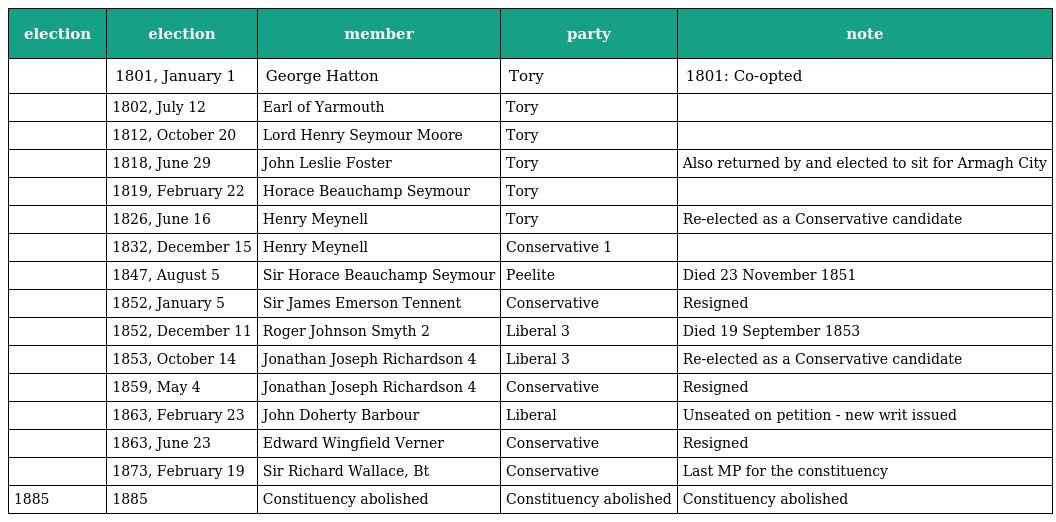
| election | election | member | party | note |
 | --- | --- | --- | --- | --- |
 |  | 1801, January 1 | George Hatton | Tory | 1801: Co-opted |
 |  | 1802, July 12 | Earl of Yarmouth | Tory |  |
 |  | 1812, October 20 | Lord Henry Seymour Moore | Tory |  |
 |  | 1818, June 29 | John Leslie Foster | Tory | Also returned by and elected to sit for Armagh City |
 |  | 1819, February 22 | Horace Beauchamp Seymour | Tory |  |
 |  | 1826, June 16 | Henry Meynell | Tory | Re-elected as a Conservative candidate |
 |  | 1832, December 15 | Henry Meynell | Conservative 1 |  |
 |  | 1847, August 5 | Sir Horace Beauchamp Seymour | Peelite | Died 23 November 1851 |
 |  | 1852, January 5 | Sir James Emerson Tennent | Conservative | Resigned |
 |  | 1852, December 11 | Roger Johnson Smyth 2 | Liberal 3 | Died 19 September 1853 |
 |  | 1853, October 14 | Jonathan Joseph Richardson 4 | Liberal 3 | Re-elected as a Conservative candidate |
 |  | 1859, May 4 | Jonathan Joseph Richardson 4 | Conservative | Resigned |
 |  | 1863, February 23 | John Doherty Barbour | Liberal | Unseated on petition - new writ issued |
 |  | 1863, June 23 | Edward Wingfield Verner | Conservative | Resigned |
 |  | 1873, February 19 | Sir Richard Wallace, Bt | Conservative | Last MP for the constituency |
 | 1885 | 1885 | Constituency abolished | Constituency abolished | Constituency abolished |